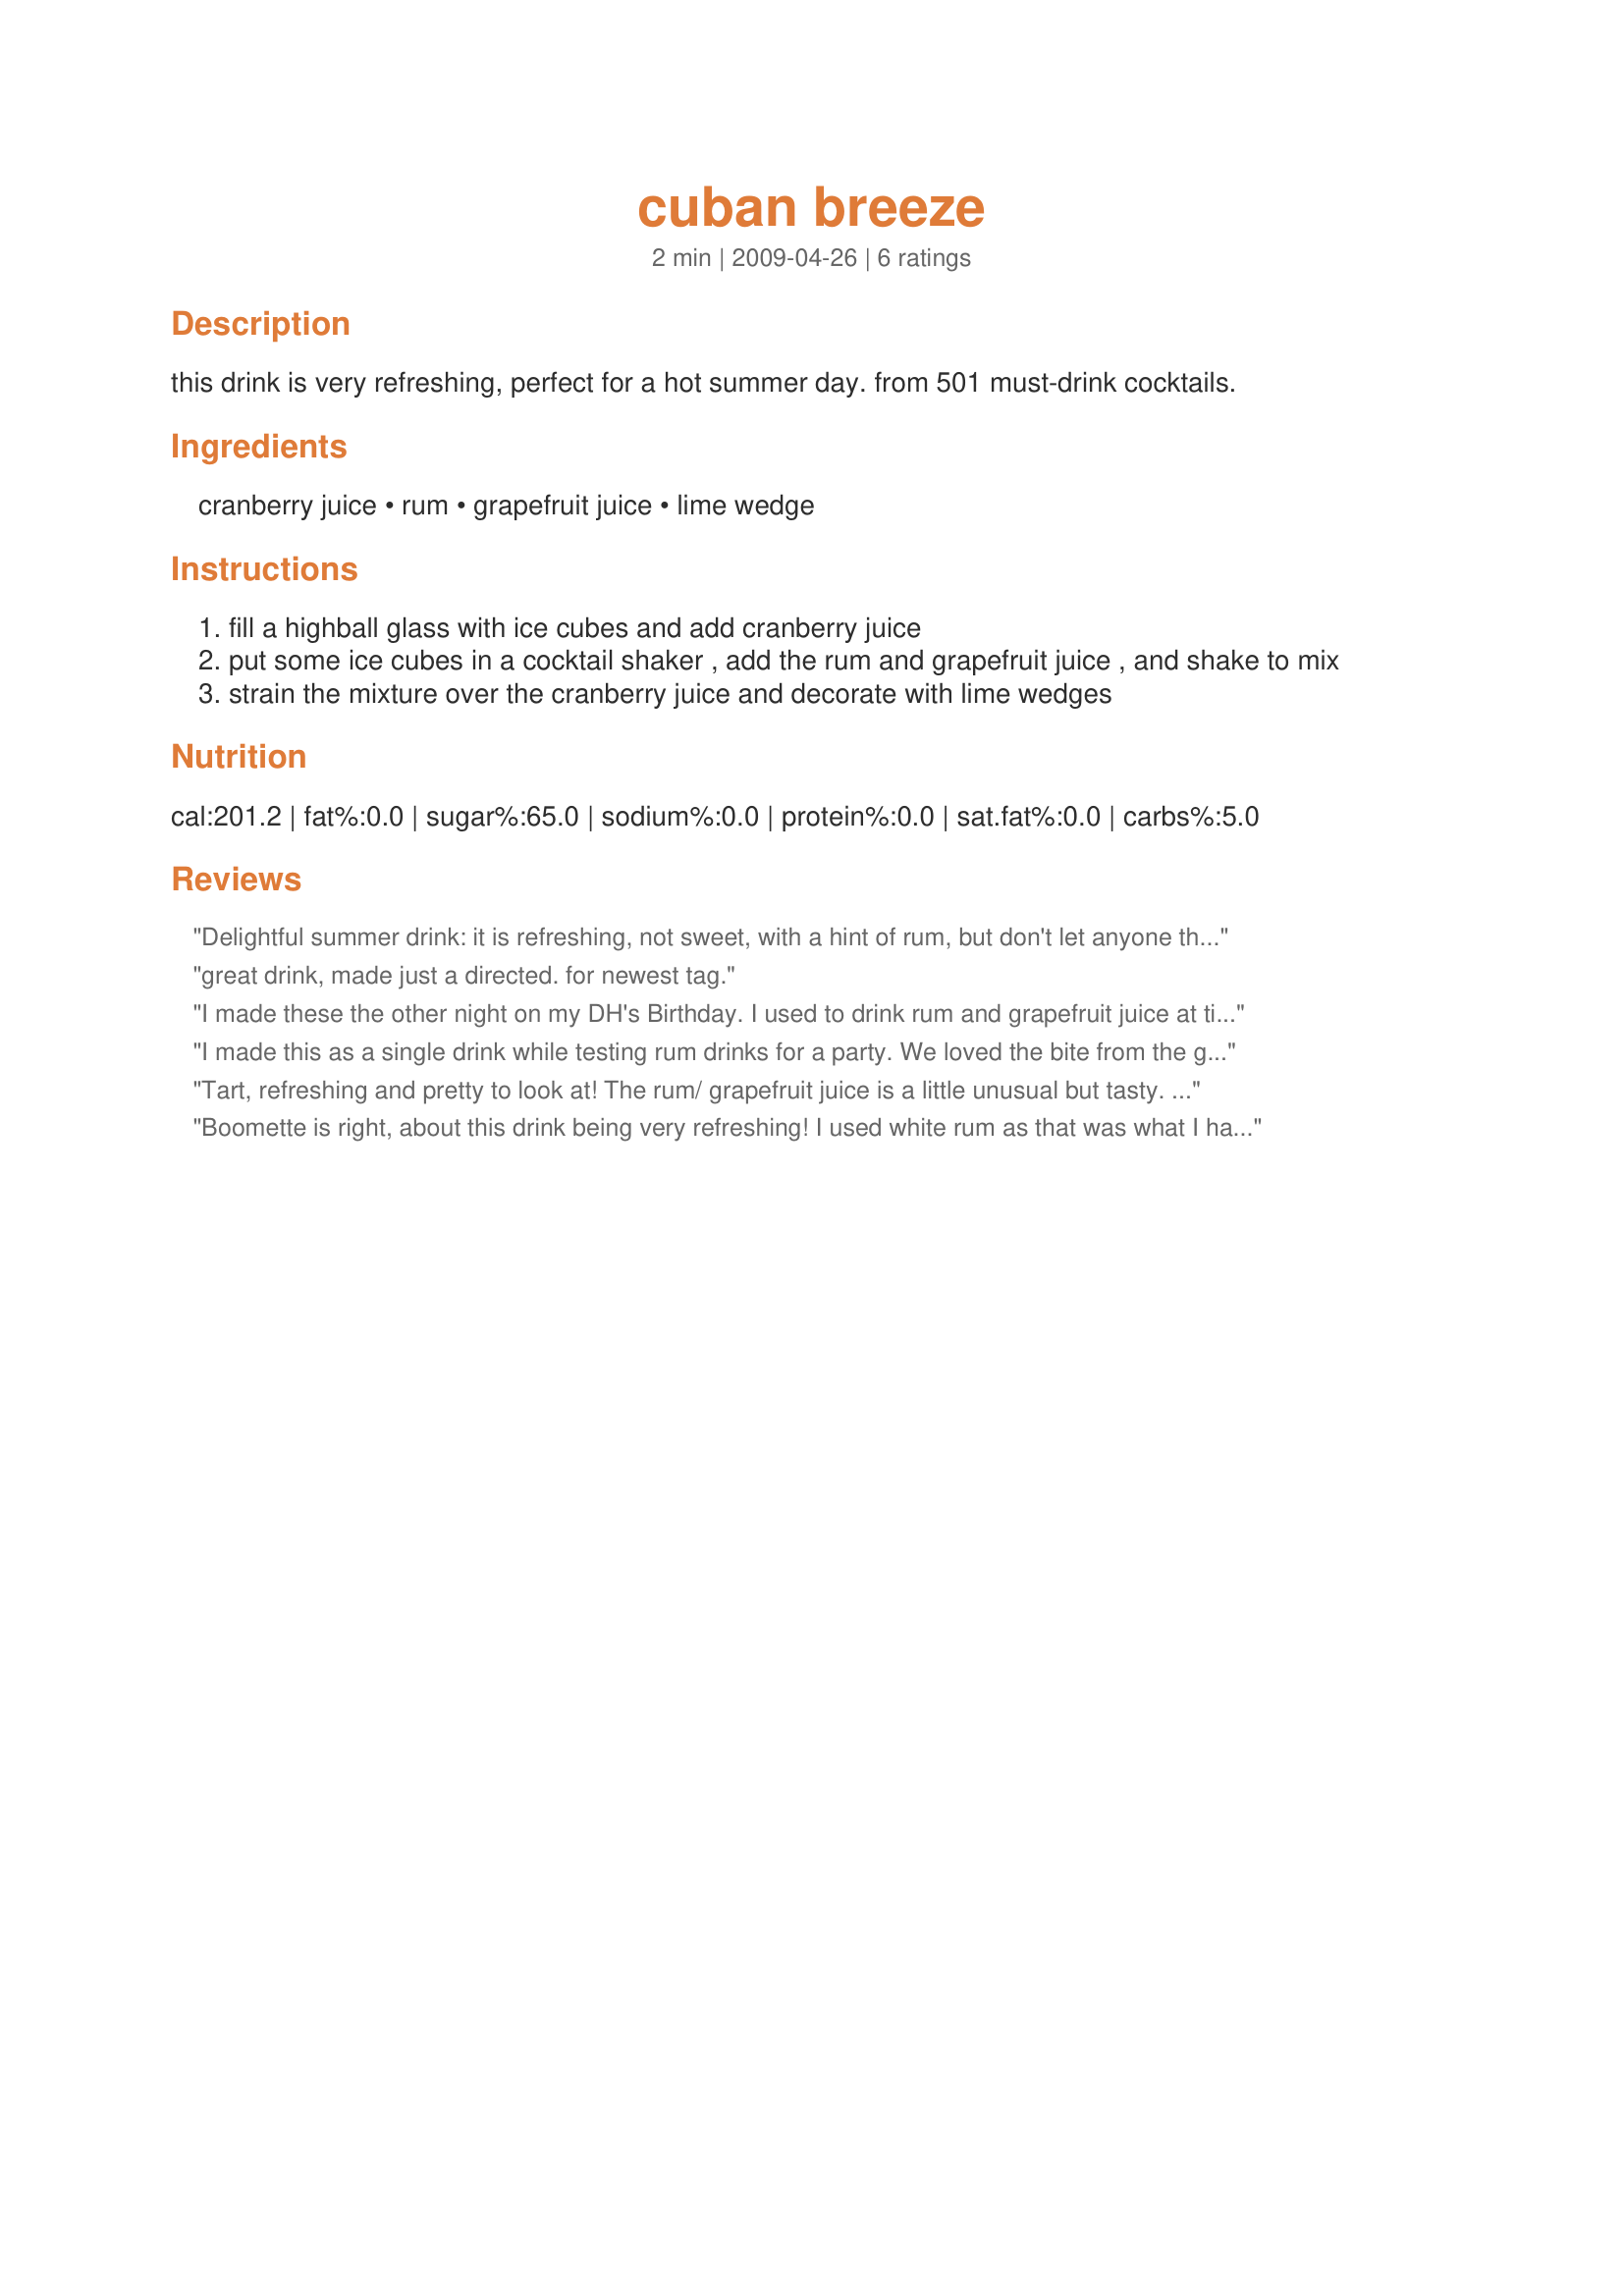
cuban breeze
Preparation time: 2 minutes

this drink is very refreshing, perfect for a hot summer day. from 501 must-drink cocktails.

Ingredients:
cranberry juice, rum, grapefruit juice, lime wedge

Steps:
fill a highball glass with ice cubes and add cranberry juice
put some ice cubes in a cocktail shaker , add the rum and grapefruit juice , and shake to mix
strain the mixture over the cranberry juice and decorate with lime wedges

Reviews:
Delightful summer drink: it is refreshing, not sweet, with a hint of rum, but don't let anyone think he or she can keep drinking these from a pitcher without some wicked side effects. I'd say this is a perfect drink to watch the sun set. Thanks for sharing this drink recipe, Boomette. Made for 1-2-3 Hit Wonders Tag.
great drink, made just a directed. for newest tag.
I made these the other night on my DH's Birthday. I used to drink rum and grapefruit juice at times in college and loved the added flavor/color of the cranberry juice!!! Thanks for sharing another great drink recipe!! Made for Gimme 5 Tag Game.
I made this as a single drink while testing rum drinks for a party. We loved the bite from the grapefruit juice (I used ruby red) and the complex flavor of the dark rum. I made it in larger quantities in a pitcher for the party by sustituting "ounces" with "cups".
Tart, refreshing and pretty to look at! The rum/ grapefruit juice is a little unusual but tasty. Made for PAC Spring 2012
Boomette is right, about this drink being very refreshing! I used white rum as that was what I had on hand. Made for photo tag Spring 2009.
